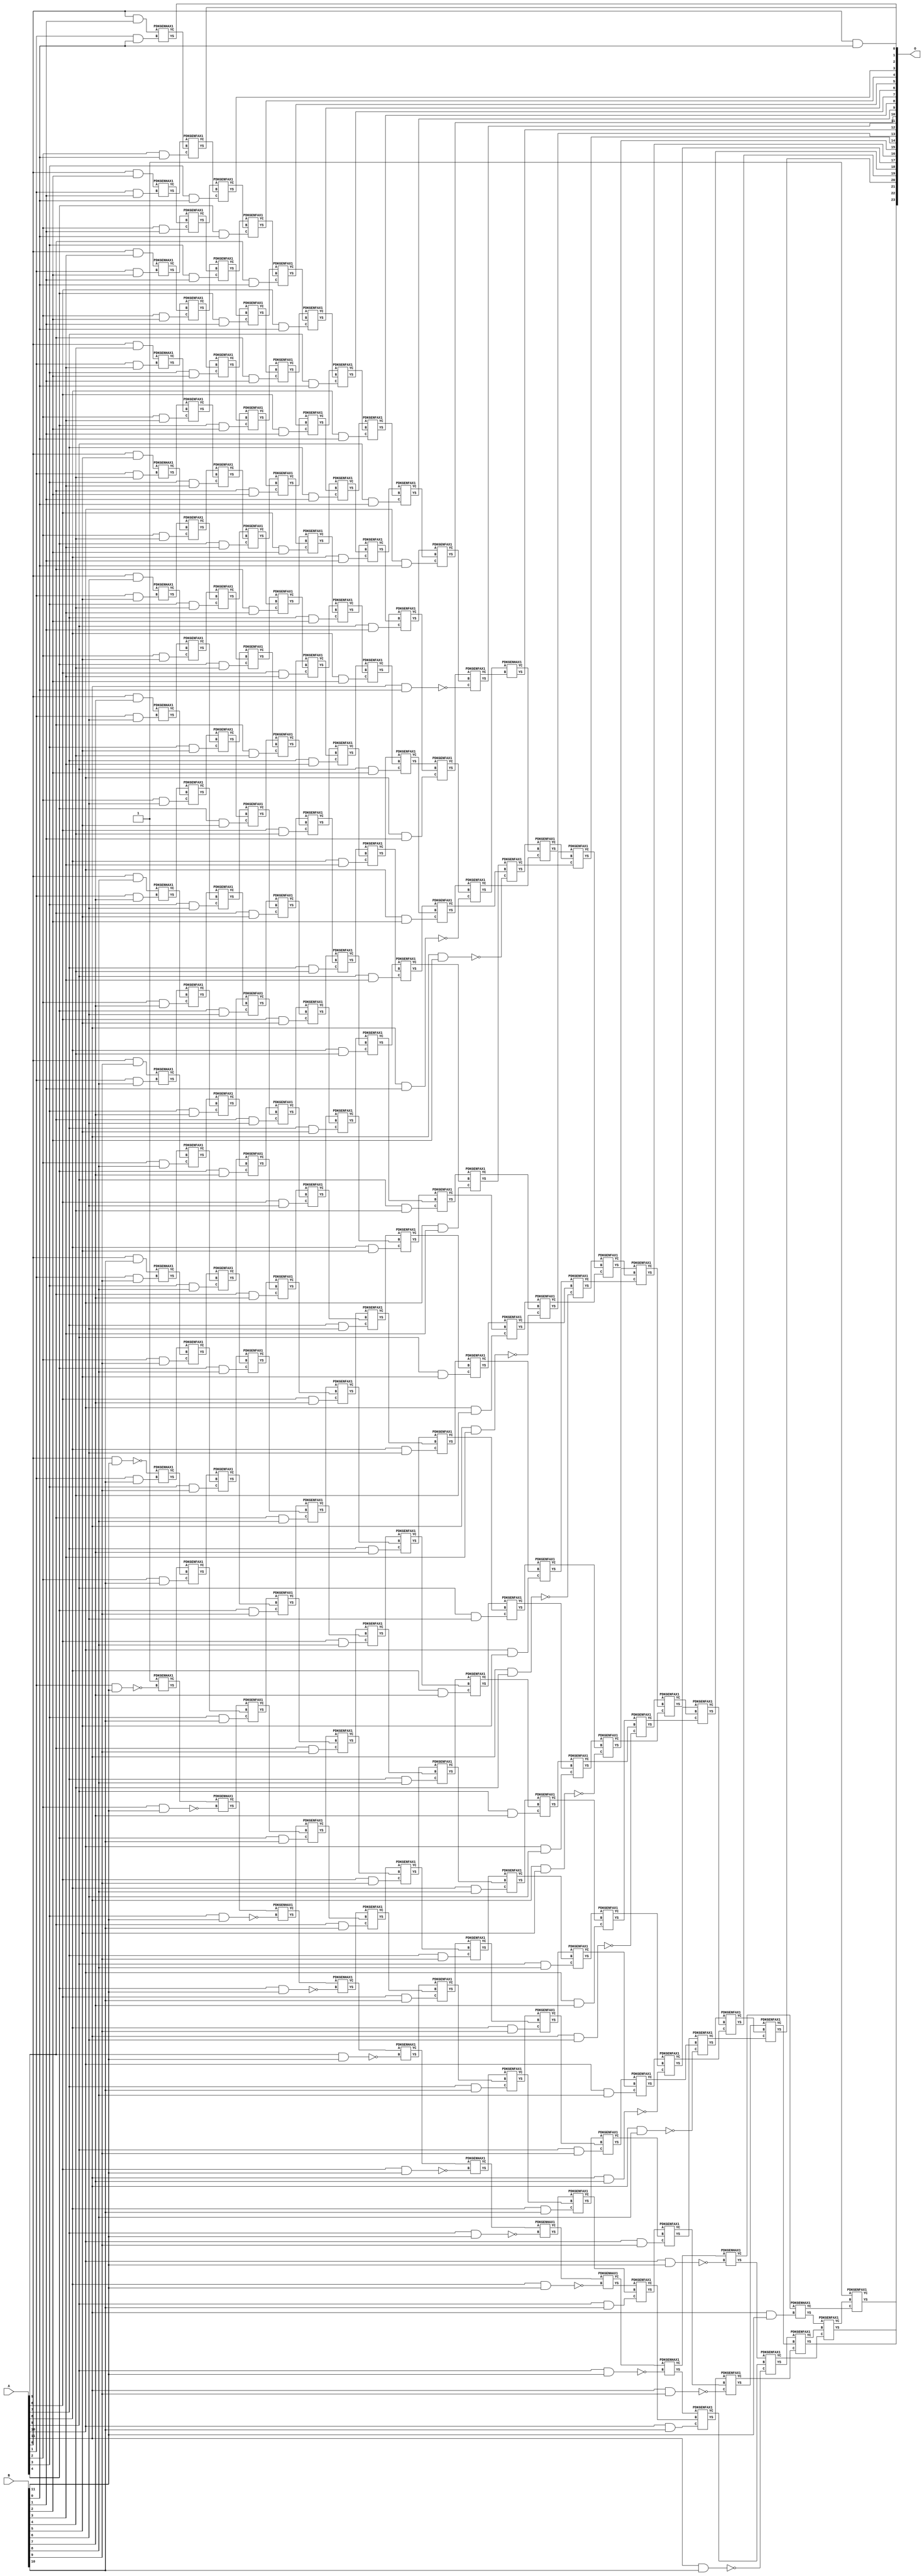
// This program was cloned from: https://github.com/ehw-fit/evoapproxlib
// License: MIT License

/***
* This code is a part of EvoApproxLib library (ehw.fit.vutbr.cz/approxlib) distributed under The MIT License.
* When used, please cite the following article(s): V. Mrazek, Z. Vasicek, L. Sekanina, H. Jiang and J. Han, "Scalable Construction of Approximate Multipliers With Formally Guaranteed Worst Case Error" in IEEE Transactions on Very Large Scale Integration (VLSI) Systems, vol. 26, no. 11, pp. 2572-2576, Nov. 2018. doi: 10.1109/TVLSI.2018.2856362 
* This file contains a circuit from a sub-set of pareto optimal circuits with respect to the pwr and ep parameters
***/
// MAE% = 0.00 %
// MAE = 0 
// WCE% = 0.00 %
// WCE = 0 
// WCRE% = 0.00 %
// EP% = 0.00 %
// MRE% = 0.00 %
// MSE = 0 
// PDK45_PWR = 1.210 mW
// PDK45_AREA = 1650.5 um2
// PDK45_DELAY = 2.33 ns


module mul12s_2KL ( A, B, O );
  input [11:0] A;
  input [11:0] B;
  output [23:0] O;

  wire C_10_0,C_10_1,C_10_10,C_10_11,C_10_2,C_10_3,C_10_4,C_10_5,C_10_6,C_10_7,C_10_8,C_10_9,C_11_0,C_11_1,C_11_10,C_11_11,C_11_2,C_11_3,C_11_4,C_11_5,C_11_6,C_11_7,C_11_8,C_11_9,C_12_0,C_12_1,C_12_10,C_12_11,C_12_2,C_12_3,C_12_4,C_12_5,C_12_6,C_12_7,C_12_8,C_12_9,C_1_0,C_1_1,C_1_10,C_1_11,C_1_2,C_1_3,C_1_4,C_1_5,C_1_6,C_1_7,C_1_8,C_1_9,C_2_0,C_2_1,C_2_10,C_2_11,C_2_2,C_2_3,C_2_4,C_2_5,C_2_6,C_2_7,C_2_8,C_2_9,C_3_0,C_3_1,C_3_10,C_3_11,C_3_2,C_3_3,C_3_4,C_3_5,C_3_6,C_3_7,C_3_8,C_3_9,C_4_0,C_4_1,C_4_10,C_4_11,C_4_2,C_4_3,C_4_4,C_4_5,C_4_6,C_4_7,C_4_8,C_4_9,C_5_0,C_5_1,C_5_10,C_5_11,C_5_2,C_5_3,C_5_4,C_5_5,C_5_6,C_5_7,C_5_8,C_5_9,C_6_0,C_6_1,C_6_10,C_6_11,C_6_2,C_6_3,C_6_4,C_6_5,C_6_6,C_6_7,C_6_8,C_6_9,C_7_0,C_7_1,C_7_10,C_7_11,C_7_2,C_7_3,C_7_4,C_7_5,C_7_6,C_7_7,C_7_8,C_7_9,C_8_0,C_8_1,C_8_10,C_8_11,C_8_2,C_8_3,C_8_4,C_8_5,C_8_6,C_8_7,C_8_8,C_8_9,C_9_0,C_9_1,C_9_10,C_9_11,C_9_2,C_9_3,C_9_4,C_9_5,C_9_6,C_9_7,C_9_8,C_9_9,S_0_0,S_0_1,S_0_10,S_0_11,S_0_2,S_0_3,S_0_4,S_0_5,S_0_6,S_0_7,S_0_8,S_0_9,S_10_0,S_10_1,S_10_10,S_10_11,S_10_2,S_10_3,S_10_4,S_10_5,S_10_6,S_10_7,S_10_8,S_10_9,S_11_0,S_11_1,S_11_10,S_11_11,S_11_2,S_11_3,S_11_4,S_11_5,S_11_6,S_11_7,S_11_8,S_11_9,S_12_0,S_12_1,S_12_10,S_12_11,S_12_2,S_12_3,S_12_4,S_12_5,S_12_6,S_12_7,S_12_8,S_12_9,S_1_0,S_1_1,S_1_10,S_1_11,S_1_2,S_1_3,S_1_4,S_1_5,S_1_6,S_1_7,S_1_8,S_1_9,S_2_0,S_2_1,S_2_10,S_2_11,S_2_2,S_2_3,S_2_4,S_2_5,S_2_6,S_2_7,S_2_8,S_2_9,S_3_0,S_3_1,S_3_10,S_3_11,S_3_2,S_3_3,S_3_4,S_3_5,S_3_6,S_3_7,S_3_8,S_3_9,S_4_0,S_4_1,S_4_10,S_4_11,S_4_2,S_4_3,S_4_4,S_4_5,S_4_6,S_4_7,S_4_8,S_4_9,S_5_0,S_5_1,S_5_10,S_5_11,S_5_2,S_5_3,S_5_4,S_5_5,S_5_6,S_5_7,S_5_8,S_5_9,S_6_0,S_6_1,S_6_10,S_6_11,S_6_2,S_6_3,S_6_4,S_6_5,S_6_6,S_6_7,S_6_8,S_6_9,S_7_0,S_7_1,S_7_10,S_7_11,S_7_2,S_7_3,S_7_4,S_7_5,S_7_6,S_7_7,S_7_8,S_7_9,S_8_0,S_8_1,S_8_10,S_8_11,S_8_2,S_8_3,S_8_4,S_8_5,S_8_6,S_8_7,S_8_8,S_8_9,S_9_0,S_9_1,S_9_10,S_9_11,S_9_2,S_9_3,S_9_4,S_9_5,S_9_6,S_9_7,S_9_8,S_9_9;

  assign S_0_0 = (A[0] & B[0]);
  assign S_0_1 = (A[0] & B[1]);
  assign S_0_2 = (A[0] & B[2]);
  assign S_0_3 = (A[0] & B[3]);
  assign S_0_4 = (A[0] & B[4]);
  assign S_0_5 = (A[0] & B[5]);
  assign S_0_6 = (A[0] & B[6]);
  assign S_0_7 = (A[0] & B[7]);
  assign S_0_8 = (A[0] & B[8]);
  assign S_0_9 = (A[0] & B[9]);
  assign S_0_10 = (A[0] & B[10]);
  assign S_0_11 = ~(A[0] & B[11]);
  PDKGENHAX1 U13261 (.A(S_0_1), .B((A[1] & B[0])), .YS(S_1_0), .YC(C_1_0));
  PDKGENHAX1 U13262 (.A(S_0_2), .B((A[1] & B[1])), .YS(S_1_1), .YC(C_1_1));
  PDKGENHAX1 U13263 (.A(S_0_3), .B((A[1] & B[2])), .YS(S_1_2), .YC(C_1_2));
  PDKGENHAX1 U13264 (.A(S_0_4), .B((A[1] & B[3])), .YS(S_1_3), .YC(C_1_3));
  PDKGENHAX1 U13265 (.A(S_0_5), .B((A[1] & B[4])), .YS(S_1_4), .YC(C_1_4));
  PDKGENHAX1 U13266 (.A(S_0_6), .B((A[1] & B[5])), .YS(S_1_5), .YC(C_1_5));
  PDKGENHAX1 U13267 (.A(S_0_7), .B((A[1] & B[6])), .YS(S_1_6), .YC(C_1_6));
  PDKGENHAX1 U13268 (.A(S_0_8), .B((A[1] & B[7])), .YS(S_1_7), .YC(C_1_7));
  PDKGENHAX1 U13269 (.A(S_0_9), .B((A[1] & B[8])), .YS(S_1_8), .YC(C_1_8));
  PDKGENHAX1 U13270 (.A(S_0_10), .B((A[1] & B[9])), .YS(S_1_9), .YC(C_1_9));
  PDKGENHAX1 U13271 (.A(S_0_11), .B((A[1] & B[10])), .YS(S_1_10), .YC(C_1_10));
  PDKGENHAX1 U13272 (.A(1'b1), .B(~(A[1] & B[11])), .YS(S_1_11), .YC(C_1_11));
  PDKGENFAX1 U13273 (.A(S_1_1), .B(C_1_0), .C((A[2] & B[0])), .YS(S_2_0), .YC(C_2_0));
  PDKGENFAX1 U13274 (.A(S_1_2), .B(C_1_1), .C((A[2] & B[1])), .YS(S_2_1), .YC(C_2_1));
  PDKGENFAX1 U13275 (.A(S_1_3), .B(C_1_2), .C((A[2] & B[2])), .YS(S_2_2), .YC(C_2_2));
  PDKGENFAX1 U13276 (.A(S_1_4), .B(C_1_3), .C((A[2] & B[3])), .YS(S_2_3), .YC(C_2_3));
  PDKGENFAX1 U13277 (.A(S_1_5), .B(C_1_4), .C((A[2] & B[4])), .YS(S_2_4), .YC(C_2_4));
  PDKGENFAX1 U13278 (.A(S_1_6), .B(C_1_5), .C((A[2] & B[5])), .YS(S_2_5), .YC(C_2_5));
  PDKGENFAX1 U13279 (.A(S_1_7), .B(C_1_6), .C((A[2] & B[6])), .YS(S_2_6), .YC(C_2_6));
  PDKGENFAX1 U13280 (.A(S_1_8), .B(C_1_7), .C((A[2] & B[7])), .YS(S_2_7), .YC(C_2_7));
  PDKGENFAX1 U13281 (.A(S_1_9), .B(C_1_8), .C((A[2] & B[8])), .YS(S_2_8), .YC(C_2_8));
  PDKGENFAX1 U13282 (.A(S_1_10), .B(C_1_9), .C((A[2] & B[9])), .YS(S_2_9), .YC(C_2_9));
  PDKGENFAX1 U13283 (.A(S_1_11), .B(C_1_10), .C((A[2] & B[10])), .YS(S_2_10), .YC(C_2_10));
  PDKGENHAX1 U13284 (.A(C_1_11), .B(~(A[2] & B[11])), .YS(S_2_11), .YC(C_2_11));
  PDKGENFAX1 U13285 (.A(S_2_1), .B(C_2_0), .C((A[3] & B[0])), .YS(S_3_0), .YC(C_3_0));
  PDKGENFAX1 U13286 (.A(S_2_2), .B(C_2_1), .C((A[3] & B[1])), .YS(S_3_1), .YC(C_3_1));
  PDKGENFAX1 U13287 (.A(S_2_3), .B(C_2_2), .C((A[3] & B[2])), .YS(S_3_2), .YC(C_3_2));
  PDKGENFAX1 U13288 (.A(S_2_4), .B(C_2_3), .C((A[3] & B[3])), .YS(S_3_3), .YC(C_3_3));
  PDKGENFAX1 U13289 (.A(S_2_5), .B(C_2_4), .C((A[3] & B[4])), .YS(S_3_4), .YC(C_3_4));
  PDKGENFAX1 U13290 (.A(S_2_6), .B(C_2_5), .C((A[3] & B[5])), .YS(S_3_5), .YC(C_3_5));
  PDKGENFAX1 U13291 (.A(S_2_7), .B(C_2_6), .C((A[3] & B[6])), .YS(S_3_6), .YC(C_3_6));
  PDKGENFAX1 U13292 (.A(S_2_8), .B(C_2_7), .C((A[3] & B[7])), .YS(S_3_7), .YC(C_3_7));
  PDKGENFAX1 U13293 (.A(S_2_9), .B(C_2_8), .C((A[3] & B[8])), .YS(S_3_8), .YC(C_3_8));
  PDKGENFAX1 U13294 (.A(S_2_10), .B(C_2_9), .C((A[3] & B[9])), .YS(S_3_9), .YC(C_3_9));
  PDKGENFAX1 U13295 (.A(S_2_11), .B(C_2_10), .C((A[3] & B[10])), .YS(S_3_10), .YC(C_3_10));
  PDKGENHAX1 U13296 (.A(C_2_11), .B(~(A[3] & B[11])), .YS(S_3_11), .YC(C_3_11));
  PDKGENFAX1 U13297 (.A(S_3_1), .B(C_3_0), .C((A[4] & B[0])), .YS(S_4_0), .YC(C_4_0));
  PDKGENFAX1 U13298 (.A(S_3_2), .B(C_3_1), .C((A[4] & B[1])), .YS(S_4_1), .YC(C_4_1));
  PDKGENFAX1 U13299 (.A(S_3_3), .B(C_3_2), .C((A[4] & B[2])), .YS(S_4_2), .YC(C_4_2));
  PDKGENFAX1 U13300 (.A(S_3_4), .B(C_3_3), .C((A[4] & B[3])), .YS(S_4_3), .YC(C_4_3));
  PDKGENFAX1 U13301 (.A(S_3_5), .B(C_3_4), .C((A[4] & B[4])), .YS(S_4_4), .YC(C_4_4));
  PDKGENFAX1 U13302 (.A(S_3_6), .B(C_3_5), .C((A[4] & B[5])), .YS(S_4_5), .YC(C_4_5));
  PDKGENFAX1 U13303 (.A(S_3_7), .B(C_3_6), .C((A[4] & B[6])), .YS(S_4_6), .YC(C_4_6));
  PDKGENFAX1 U13304 (.A(S_3_8), .B(C_3_7), .C((A[4] & B[7])), .YS(S_4_7), .YC(C_4_7));
  PDKGENFAX1 U13305 (.A(S_3_9), .B(C_3_8), .C((A[4] & B[8])), .YS(S_4_8), .YC(C_4_8));
  PDKGENFAX1 U13306 (.A(S_3_10), .B(C_3_9), .C((A[4] & B[9])), .YS(S_4_9), .YC(C_4_9));
  PDKGENFAX1 U13307 (.A(S_3_11), .B(C_3_10), .C((A[4] & B[10])), .YS(S_4_10), .YC(C_4_10));
  PDKGENHAX1 U13308 (.A(C_3_11), .B(~(A[4] & B[11])), .YS(S_4_11), .YC(C_4_11));
  PDKGENFAX1 U13309 (.A(S_4_1), .B(C_4_0), .C((A[5] & B[0])), .YS(S_5_0), .YC(C_5_0));
  PDKGENFAX1 U13310 (.A(S_4_2), .B(C_4_1), .C((A[5] & B[1])), .YS(S_5_1), .YC(C_5_1));
  PDKGENFAX1 U13311 (.A(S_4_3), .B(C_4_2), .C((A[5] & B[2])), .YS(S_5_2), .YC(C_5_2));
  PDKGENFAX1 U13312 (.A(S_4_4), .B(C_4_3), .C((A[5] & B[3])), .YS(S_5_3), .YC(C_5_3));
  PDKGENFAX1 U13313 (.A(S_4_5), .B(C_4_4), .C((A[5] & B[4])), .YS(S_5_4), .YC(C_5_4));
  PDKGENFAX1 U13314 (.A(S_4_6), .B(C_4_5), .C((A[5] & B[5])), .YS(S_5_5), .YC(C_5_5));
  PDKGENFAX1 U13315 (.A(S_4_7), .B(C_4_6), .C((A[5] & B[6])), .YS(S_5_6), .YC(C_5_6));
  PDKGENFAX1 U13316 (.A(S_4_8), .B(C_4_7), .C((A[5] & B[7])), .YS(S_5_7), .YC(C_5_7));
  PDKGENFAX1 U13317 (.A(S_4_9), .B(C_4_8), .C((A[5] & B[8])), .YS(S_5_8), .YC(C_5_8));
  PDKGENFAX1 U13318 (.A(S_4_10), .B(C_4_9), .C((A[5] & B[9])), .YS(S_5_9), .YC(C_5_9));
  PDKGENFAX1 U13319 (.A(S_4_11), .B(C_4_10), .C((A[5] & B[10])), .YS(S_5_10), .YC(C_5_10));
  PDKGENHAX1 U13320 (.A(C_4_11), .B(~(A[5] & B[11])), .YS(S_5_11), .YC(C_5_11));
  PDKGENFAX1 U13321 (.A(S_5_1), .B(C_5_0), .C((A[6] & B[0])), .YS(S_6_0), .YC(C_6_0));
  PDKGENFAX1 U13322 (.A(S_5_2), .B(C_5_1), .C((A[6] & B[1])), .YS(S_6_1), .YC(C_6_1));
  PDKGENFAX1 U13323 (.A(S_5_3), .B(C_5_2), .C((A[6] & B[2])), .YS(S_6_2), .YC(C_6_2));
  PDKGENFAX1 U13324 (.A(S_5_4), .B(C_5_3), .C((A[6] & B[3])), .YS(S_6_3), .YC(C_6_3));
  PDKGENFAX1 U13325 (.A(S_5_5), .B(C_5_4), .C((A[6] & B[4])), .YS(S_6_4), .YC(C_6_4));
  PDKGENFAX1 U13326 (.A(S_5_6), .B(C_5_5), .C((A[6] & B[5])), .YS(S_6_5), .YC(C_6_5));
  PDKGENFAX1 U13327 (.A(S_5_7), .B(C_5_6), .C((A[6] & B[6])), .YS(S_6_6), .YC(C_6_6));
  PDKGENFAX1 U13328 (.A(S_5_8), .B(C_5_7), .C((A[6] & B[7])), .YS(S_6_7), .YC(C_6_7));
  PDKGENFAX1 U13329 (.A(S_5_9), .B(C_5_8), .C((A[6] & B[8])), .YS(S_6_8), .YC(C_6_8));
  PDKGENFAX1 U13330 (.A(S_5_10), .B(C_5_9), .C((A[6] & B[9])), .YS(S_6_9), .YC(C_6_9));
  PDKGENFAX1 U13331 (.A(S_5_11), .B(C_5_10), .C((A[6] & B[10])), .YS(S_6_10), .YC(C_6_10));
  PDKGENHAX1 U13332 (.A(C_5_11), .B(~(A[6] & B[11])), .YS(S_6_11), .YC(C_6_11));
  PDKGENFAX1 U13333 (.A(S_6_1), .B(C_6_0), .C((A[7] & B[0])), .YS(S_7_0), .YC(C_7_0));
  PDKGENFAX1 U13334 (.A(S_6_2), .B(C_6_1), .C((A[7] & B[1])), .YS(S_7_1), .YC(C_7_1));
  PDKGENFAX1 U13335 (.A(S_6_3), .B(C_6_2), .C((A[7] & B[2])), .YS(S_7_2), .YC(C_7_2));
  PDKGENFAX1 U13336 (.A(S_6_4), .B(C_6_3), .C((A[7] & B[3])), .YS(S_7_3), .YC(C_7_3));
  PDKGENFAX1 U13337 (.A(S_6_5), .B(C_6_4), .C((A[7] & B[4])), .YS(S_7_4), .YC(C_7_4));
  PDKGENFAX1 U13338 (.A(S_6_6), .B(C_6_5), .C((A[7] & B[5])), .YS(S_7_5), .YC(C_7_5));
  PDKGENFAX1 U13339 (.A(S_6_7), .B(C_6_6), .C((A[7] & B[6])), .YS(S_7_6), .YC(C_7_6));
  PDKGENFAX1 U13340 (.A(S_6_8), .B(C_6_7), .C((A[7] & B[7])), .YS(S_7_7), .YC(C_7_7));
  PDKGENFAX1 U13341 (.A(S_6_9), .B(C_6_8), .C((A[7] & B[8])), .YS(S_7_8), .YC(C_7_8));
  PDKGENFAX1 U13342 (.A(S_6_10), .B(C_6_9), .C((A[7] & B[9])), .YS(S_7_9), .YC(C_7_9));
  PDKGENFAX1 U13343 (.A(S_6_11), .B(C_6_10), .C((A[7] & B[10])), .YS(S_7_10), .YC(C_7_10));
  PDKGENHAX1 U13344 (.A(C_6_11), .B(~(A[7] & B[11])), .YS(S_7_11), .YC(C_7_11));
  PDKGENFAX1 U13345 (.A(S_7_1), .B(C_7_0), .C((A[8] & B[0])), .YS(S_8_0), .YC(C_8_0));
  PDKGENFAX1 U13346 (.A(S_7_2), .B(C_7_1), .C((A[8] & B[1])), .YS(S_8_1), .YC(C_8_1));
  PDKGENFAX1 U13347 (.A(S_7_3), .B(C_7_2), .C((A[8] & B[2])), .YS(S_8_2), .YC(C_8_2));
  PDKGENFAX1 U13348 (.A(S_7_4), .B(C_7_3), .C((A[8] & B[3])), .YS(S_8_3), .YC(C_8_3));
  PDKGENFAX1 U13349 (.A(S_7_5), .B(C_7_4), .C((A[8] & B[4])), .YS(S_8_4), .YC(C_8_4));
  PDKGENFAX1 U13350 (.A(S_7_6), .B(C_7_5), .C((A[8] & B[5])), .YS(S_8_5), .YC(C_8_5));
  PDKGENFAX1 U13351 (.A(S_7_7), .B(C_7_6), .C((A[8] & B[6])), .YS(S_8_6), .YC(C_8_6));
  PDKGENFAX1 U13352 (.A(S_7_8), .B(C_7_7), .C((A[8] & B[7])), .YS(S_8_7), .YC(C_8_7));
  PDKGENFAX1 U13353 (.A(S_7_9), .B(C_7_8), .C((A[8] & B[8])), .YS(S_8_8), .YC(C_8_8));
  PDKGENFAX1 U13354 (.A(S_7_10), .B(C_7_9), .C((A[8] & B[9])), .YS(S_8_9), .YC(C_8_9));
  PDKGENFAX1 U13355 (.A(S_7_11), .B(C_7_10), .C((A[8] & B[10])), .YS(S_8_10), .YC(C_8_10));
  PDKGENHAX1 U13356 (.A(C_7_11), .B(~(A[8] & B[11])), .YS(S_8_11), .YC(C_8_11));
  PDKGENFAX1 U13357 (.A(S_8_1), .B(C_8_0), .C((A[9] & B[0])), .YS(S_9_0), .YC(C_9_0));
  PDKGENFAX1 U13358 (.A(S_8_2), .B(C_8_1), .C((A[9] & B[1])), .YS(S_9_1), .YC(C_9_1));
  PDKGENFAX1 U13359 (.A(S_8_3), .B(C_8_2), .C((A[9] & B[2])), .YS(S_9_2), .YC(C_9_2));
  PDKGENFAX1 U13360 (.A(S_8_4), .B(C_8_3), .C((A[9] & B[3])), .YS(S_9_3), .YC(C_9_3));
  PDKGENFAX1 U13361 (.A(S_8_5), .B(C_8_4), .C((A[9] & B[4])), .YS(S_9_4), .YC(C_9_4));
  PDKGENFAX1 U13362 (.A(S_8_6), .B(C_8_5), .C((A[9] & B[5])), .YS(S_9_5), .YC(C_9_5));
  PDKGENFAX1 U13363 (.A(S_8_7), .B(C_8_6), .C((A[9] & B[6])), .YS(S_9_6), .YC(C_9_6));
  PDKGENFAX1 U13364 (.A(S_8_8), .B(C_8_7), .C((A[9] & B[7])), .YS(S_9_7), .YC(C_9_7));
  PDKGENFAX1 U13365 (.A(S_8_9), .B(C_8_8), .C((A[9] & B[8])), .YS(S_9_8), .YC(C_9_8));
  PDKGENFAX1 U13366 (.A(S_8_10), .B(C_8_9), .C((A[9] & B[9])), .YS(S_9_9), .YC(C_9_9));
  PDKGENFAX1 U13367 (.A(S_8_11), .B(C_8_10), .C((A[9] & B[10])), .YS(S_9_10), .YC(C_9_10));
  PDKGENHAX1 U13368 (.A(C_8_11), .B(~(A[9] & B[11])), .YS(S_9_11), .YC(C_9_11));
  PDKGENFAX1 U13369 (.A(S_9_1), .B(C_9_0), .C((A[10] & B[0])), .YS(S_10_0), .YC(C_10_0));
  PDKGENFAX1 U13370 (.A(S_9_2), .B(C_9_1), .C((A[10] & B[1])), .YS(S_10_1), .YC(C_10_1));
  PDKGENFAX1 U13371 (.A(S_9_3), .B(C_9_2), .C((A[10] & B[2])), .YS(S_10_2), .YC(C_10_2));
  PDKGENFAX1 U13372 (.A(S_9_4), .B(C_9_3), .C((A[10] & B[3])), .YS(S_10_3), .YC(C_10_3));
  PDKGENFAX1 U13373 (.A(S_9_5), .B(C_9_4), .C((A[10] & B[4])), .YS(S_10_4), .YC(C_10_4));
  PDKGENFAX1 U13374 (.A(S_9_6), .B(C_9_5), .C((A[10] & B[5])), .YS(S_10_5), .YC(C_10_5));
  PDKGENFAX1 U13375 (.A(S_9_7), .B(C_9_6), .C((A[10] & B[6])), .YS(S_10_6), .YC(C_10_6));
  PDKGENFAX1 U13376 (.A(S_9_8), .B(C_9_7), .C((A[10] & B[7])), .YS(S_10_7), .YC(C_10_7));
  PDKGENFAX1 U13377 (.A(S_9_9), .B(C_9_8), .C((A[10] & B[8])), .YS(S_10_8), .YC(C_10_8));
  PDKGENFAX1 U13378 (.A(S_9_10), .B(C_9_9), .C((A[10] & B[9])), .YS(S_10_9), .YC(C_10_9));
  PDKGENFAX1 U13379 (.A(S_9_11), .B(C_9_10), .C((A[10] & B[10])), .YS(S_10_10), .YC(C_10_10));
  PDKGENHAX1 U13380 (.A(C_9_11), .B(~(A[10] & B[11])), .YS(S_10_11), .YC(C_10_11));
  PDKGENFAX1 U13381 (.A(S_10_1), .B(C_10_0), .C(~(A[11] & B[0])), .YS(S_11_0), .YC(C_11_0));
  PDKGENFAX1 U13382 (.A(S_10_2), .B(C_10_1), .C(~(A[11] & B[1])), .YS(S_11_1), .YC(C_11_1));
  PDKGENFAX1 U13383 (.A(S_10_3), .B(C_10_2), .C(~(A[11] & B[2])), .YS(S_11_2), .YC(C_11_2));
  PDKGENFAX1 U13384 (.A(S_10_4), .B(C_10_3), .C(~(A[11] & B[3])), .YS(S_11_3), .YC(C_11_3));
  PDKGENFAX1 U13385 (.A(S_10_5), .B(C_10_4), .C(~(A[11] & B[4])), .YS(S_11_4), .YC(C_11_4));
  PDKGENFAX1 U13386 (.A(S_10_6), .B(C_10_5), .C(~(A[11] & B[5])), .YS(S_11_5), .YC(C_11_5));
  PDKGENFAX1 U13387 (.A(S_10_7), .B(C_10_6), .C(~(A[11] & B[6])), .YS(S_11_6), .YC(C_11_6));
  PDKGENFAX1 U13388 (.A(S_10_8), .B(C_10_7), .C(~(A[11] & B[7])), .YS(S_11_7), .YC(C_11_7));
  PDKGENFAX1 U13389 (.A(S_10_9), .B(C_10_8), .C(~(A[11] & B[8])), .YS(S_11_8), .YC(C_11_8));
  PDKGENFAX1 U13390 (.A(S_10_10), .B(C_10_9), .C(~(A[11] & B[9])), .YS(S_11_9), .YC(C_11_9));
  PDKGENFAX1 U13391 (.A(S_10_11), .B(C_10_10), .C(~(A[11] & B[10])), .YS(S_11_10), .YC(C_11_10));
  PDKGENHAX1 U13392 (.A(C_10_11), .B((A[11] & B[11])), .YS(S_11_11), .YC(C_11_11));
  PDKGENHAX1 U13393 (.A(S_11_1), .B(C_11_0), .YS(S_12_0), .YC(C_12_0));
  PDKGENFAX1 U13394 (.A(S_11_2), .B(C_12_0), .C(C_11_1), .YS(S_12_1), .YC(C_12_1));
  PDKGENFAX1 U13395 (.A(S_11_3), .B(C_12_1), .C(C_11_2), .YS(S_12_2), .YC(C_12_2));
  PDKGENFAX1 U13396 (.A(S_11_4), .B(C_12_2), .C(C_11_3), .YS(S_12_3), .YC(C_12_3));
  PDKGENFAX1 U13397 (.A(S_11_5), .B(C_12_3), .C(C_11_4), .YS(S_12_4), .YC(C_12_4));
  PDKGENFAX1 U13398 (.A(S_11_6), .B(C_12_4), .C(C_11_5), .YS(S_12_5), .YC(C_12_5));
  PDKGENFAX1 U13399 (.A(S_11_7), .B(C_12_5), .C(C_11_6), .YS(S_12_6), .YC(C_12_6));
  PDKGENFAX1 U13400 (.A(S_11_8), .B(C_12_6), .C(C_11_7), .YS(S_12_7), .YC(C_12_7));
  PDKGENFAX1 U13401 (.A(S_11_9), .B(C_12_7), .C(C_11_8), .YS(S_12_8), .YC(C_12_8));
  PDKGENFAX1 U13402 (.A(S_11_10), .B(C_12_8), .C(C_11_9), .YS(S_12_9), .YC(C_12_9));
  PDKGENFAX1 U13403 (.A(S_11_11), .B(C_12_9), .C(C_11_10), .YS(S_12_10), .YC(C_12_10));
  PDKGENFAX1 U13404 (.A(1'b1), .B(C_12_10), .C(C_11_11), .YS(S_12_11), .YC(C_12_11));
  assign O = {S_12_11,S_12_10,S_12_9,S_12_8,S_12_7,S_12_6,S_12_5,S_12_4,S_12_3,S_12_2,S_12_1,S_12_0,S_11_0,S_10_0,S_9_0,S_8_0,S_7_0,S_6_0,S_5_0,S_4_0,S_3_0,S_2_0,S_1_0,S_0_0};

endmodule

/* mod */
module PDKGENHAX1( input A, input B, output YS, output YC );
    assign YS = A ^ B;
    assign YC = A & B;
endmodule
/* mod */
module PDKGENFAX1( input A, input B, input C, output YS, output YC );
    assign YS = (A ^ B) ^ C;
    assign YC = (A & B) | (B & C) | (A & C);
endmodule